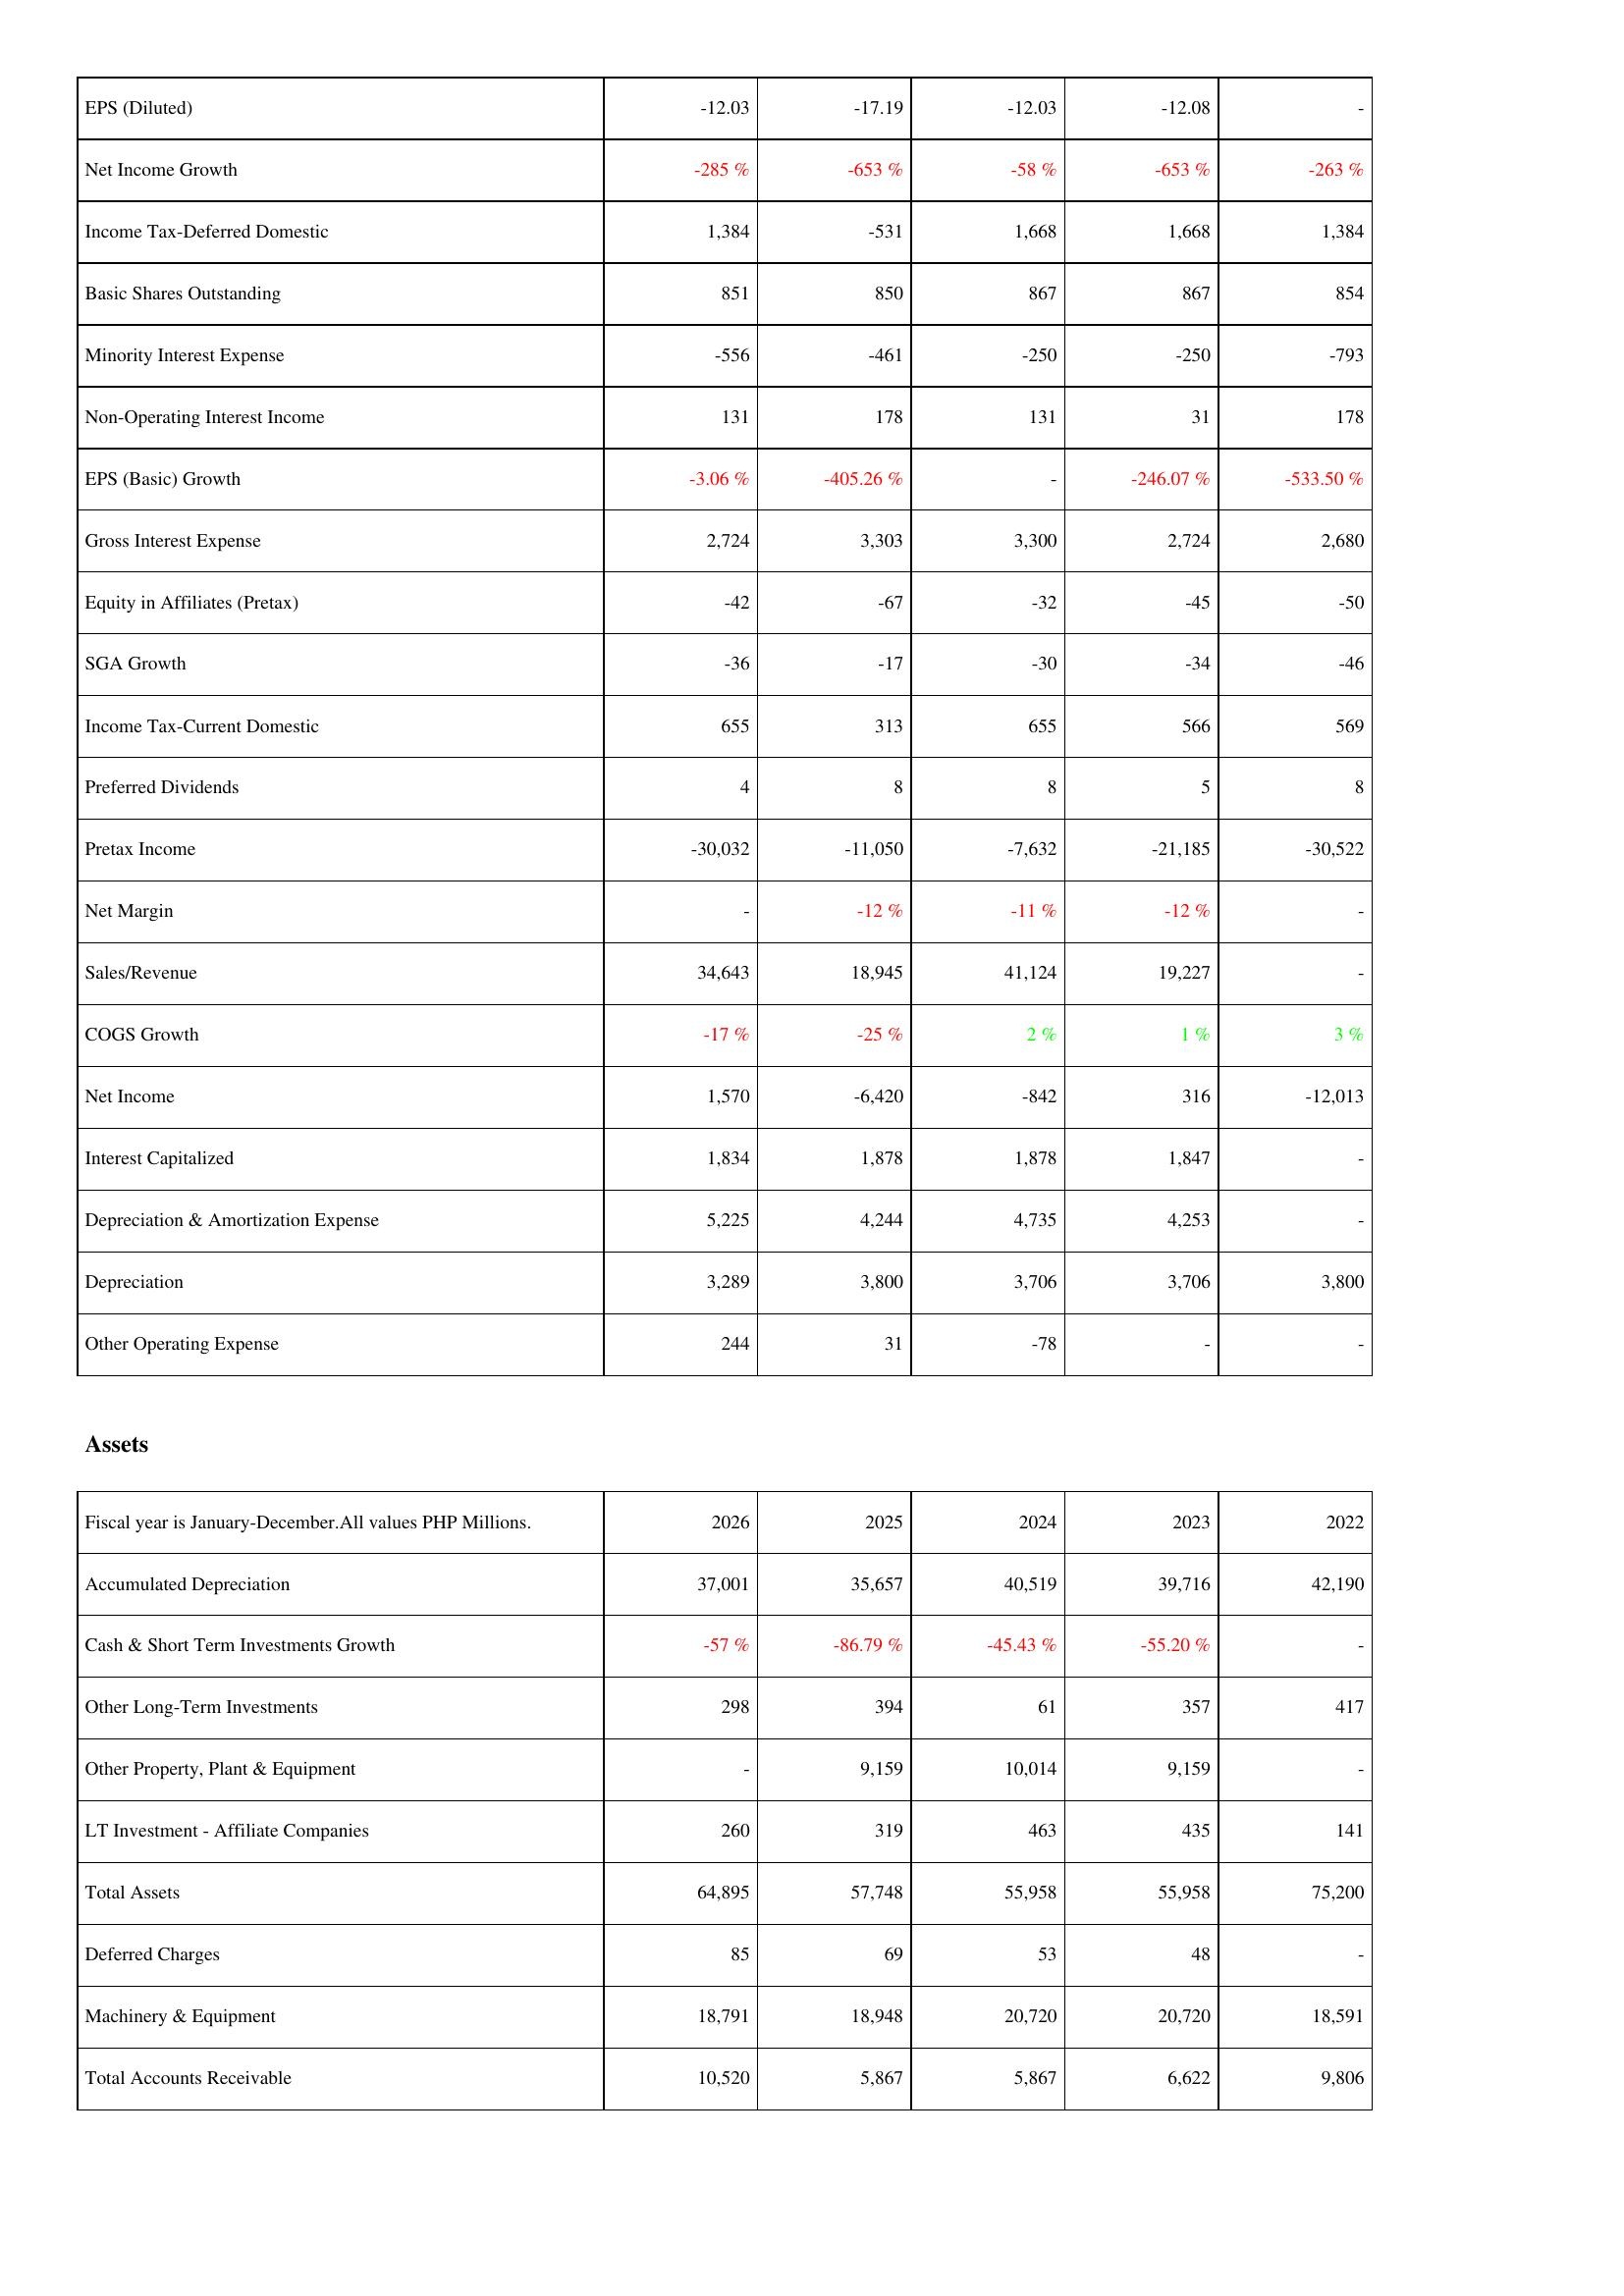
2026: Income Statement: EPS (Diluted): -12.03
Net Income Growth: -285 %
Income Tax-Deferred Domestic: 1,384
Basic Shares Outstanding: 851
Minority Interest Expense: -556
Non-Operating Interest Income: 131
EPS (Basic) Growth: -3.06 %
Gross Interest Expense: 2,724
Equity in Affiliates (Pretax): -42
SGA Growth: -36
Income Tax-Current Domestic: 655
Preferred Dividends: 4
Pretax Income: -30,032
Net Margin: -
Sales/Revenue: 34,643
COGS Growth: -17 %
Net Income: 1,570
Interest Capitalized: 1,834
Depreciation & Amortization Expense: 5,225
Depreciation: 3,289
Other Operating Expense: 244
Assets: Accumulated Depreciation: 37,001
Cash & Short Term Investments Growth: -57 %
Other Long-Term Investments: 298
Other Property, Plant & Equipment: -
LT Investment - Affiliate Companies: 260
Total Assets: 64,895
Deferred Charges: 85
Machinery & Equipment: 18,791
Total Accounts Receivable: 10,520
2025: Income Statement: EPS (Diluted): -17.19
Net Income Growth: -653 %
Income Tax-Deferred Domestic: -531
Basic Shares Outstanding: 850
Minority Interest Expense: -461
Non-Operating Interest Income: 178
EPS (Basic) Growth: -405.26 %
Gross Interest Expense: 3,303
Equity in Affiliates (Pretax): -67
SGA Growth: -17
Income Tax-Current Domestic: 313
Preferred Dividends: 8
Pretax Income: -11,050
Net Margin: -12 %
Sales/Revenue: 18,945
COGS Growth: -25 %
Net Income: -6,420
Interest Capitalized: 1,878
Depreciation & Amortization Expense: 4,244
Depreciation: 3,800
Other Operating Expense: 31
Assets: Accumulated Depreciation: 35,657
Cash & Short Term Investments Growth: -86.79 %
Other Long-Term Investments: 394
Other Property, Plant & Equipment: 9,159
LT Investment - Affiliate Companies: 319
Total Assets: 57,748
Deferred Charges: 69
Machinery & Equipment: 18,948
Total Accounts Receivable: 5,867
2024: Income Statement: EPS (Diluted): -12.03
Net Income Growth: -58 %
Income Tax-Deferred Domestic: 1,668
Basic Shares Outstanding: 867
Minority Interest Expense: -250
Non-Operating Interest Income: 131
EPS (Basic) Growth: -
Gross Interest Expense: 3,300
Equity in Affiliates (Pretax): -32
SGA Growth: -30
Income Tax-Current Domestic: 655
Preferred Dividends: 8
Pretax Income: -7,632
Net Margin: -11 %
Sales/Revenue: 41,124
COGS Growth: 2 %
Net Income: -842
Interest Capitalized: 1,878
Depreciation & Amortization Expense: 4,735
Depreciation: 3,706
Other Operating Expense: -78
Assets: Accumulated Depreciation: 40,519
Cash & Short Term Investments Growth: -45.43 %
Other Long-Term Investments: 61
Other Property, Plant & Equipment: 10,014
LT Investment - Affiliate Companies: 463
Total Assets: 55,958
Deferred Charges: 53
Machinery & Equipment: 20,720
Total Accounts Receivable: 5,867
2023: Income Statement: EPS (Diluted): -12.08
Net Income Growth: -653 %
Income Tax-Deferred Domestic: 1,668
Basic Shares Outstanding: 867
Minority Interest Expense: -250
Non-Operating Interest Income: 31
EPS (Basic) Growth: -246.07 %
Gross Interest Expense: 2,724
Equity in Affiliates (Pretax): -45
SGA Growth: -34
Income Tax-Current Domestic: 566
Preferred Dividends: 5
Pretax Income: -21,185
Net Margin: -12 %
Sales/Revenue: 19,227
COGS Growth: 1 %
Net Income: 316
Interest Capitalized: 1,847
Depreciation & Amortization Expense: 4,253
Depreciation: 3,706
Other Operating Expense: -
Assets: Accumulated Depreciation: 39,716
Cash & Short Term Investments Growth: -55.20 %
Other Long-Term Investments: 357
Other Property, Plant & Equipment: 9,159
LT Investment - Affiliate Companies: 435
Total Assets: 55,958
Deferred Charges: 48
Machinery & Equipment: 20,720
Total Accounts Receivable: 6,622
2022: Income Statement: EPS (Diluted): -
Net Income Growth: -263 %
Income Tax-Deferred Domestic: 1,384
Basic Shares Outstanding: 854
Minority Interest Expense: -793
Non-Operating Interest Income: 178
EPS (Basic) Growth: -533.50 %
Gross Interest Expense: 2,680
Equity in Affiliates (Pretax): -50
SGA Growth: -46
Income Tax-Current Domestic: 569
Preferred Dividends: 8
Pretax Income: -30,522
Net Margin: -
Sales/Revenue: -
COGS Growth: 3 %
Net Income: -12,013
Interest Capitalized: -
Depreciation & Amortization Expense: -
Depreciation: 3,800
Other Operating Expense: -
Assets: Accumulated Depreciation: 42,190
Cash & Short Term Investments Growth: -
Other Long-Term Investments: 417
Other Property, Plant & Equipment: -
LT Investment - Affiliate Companies: 141
Total Assets: 75,200
Deferred Charges: -
Machinery & Equipment: 18,591
Total Accounts Receivable: 9,806